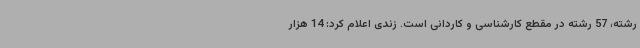
رشته، 57 رشته در مقطع کارشناسی و کاردانی است. زندی اعلام کرد: 14 هزار